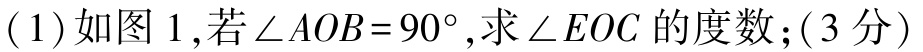
(1)如图 1,若\(\angle AOB = 90^{\circ}\),求\(\angle EOC\)的度数;(3分)